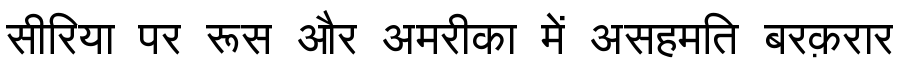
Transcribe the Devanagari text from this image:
सीरिया पर रूस और अमरीका में असहमति बरक़रार